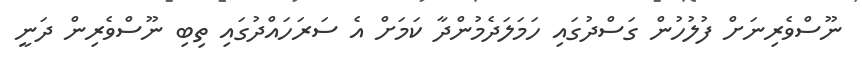
ނޫސްވެރިނަށް ފުލުހުން ގަސްދުގައި ހަމަލަދެމުންދާ ކަމަށް އެ ސަރަހައްދުގައި ތިބި ނޫސްވެރިން ދަނީ